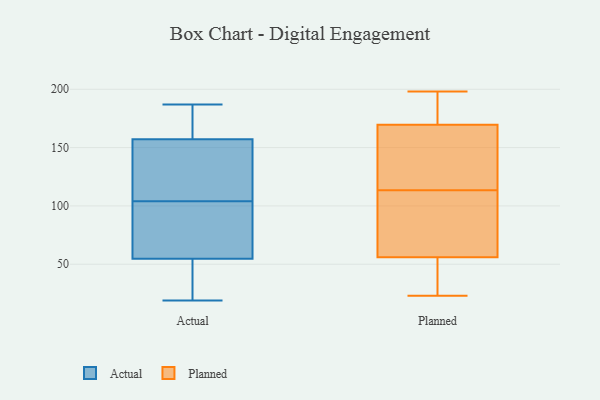
{"axis": {"x": "Demand Index", "y": "Value"}, "legend": ["Actual", "Planned"], "data": [{"x": "", "y": 103, "type": "Actual"}, {"x": "", "y": 120, "type": "Actual"}, {"x": "", "y": 187, "type": "Actual"}, {"x": "", "y": 151, "type": "Actual"}, {"x": "", "y": 176, "type": "Actual"}, {"x": "", "y": 27, "type": "Actual"}, {"x": "", "y": 186, "type": "Actual"}, {"x": "", "y": 64, "type": "Actual"}, {"x": "", "y": 71, "type": "Actual"}, {"x": "", "y": 104, "type": "Actual"}, {"x": "", "y": 19, "type": "Actual"}, {"x": "", "y": 147, "type": "Actual"}, {"x": "", "y": 27, "type": "Actual"}, {"x": "", "y": 52, "type": "Planned"}, {"x": "", "y": 23, "type": "Planned"}, {"x": "", "y": 60, "type": "Planned"}, {"x": "", "y": 35, "type": "Planned"}, {"x": "", "y": 78, "type": "Planned"}, {"x": "", "y": 172, "type": "Planned"}, {"x": "", "y": 91, "type": "Planned"}, {"x": "", "y": 167, "type": "Planned"}, {"x": "", "y": 198, "type": "Planned"}, {"x": "", "y": 144, "type": "Planned"}, {"x": "", "y": 136, "type": "Planned"}, {"x": "", "y": 185, "type": "Planned"}]}